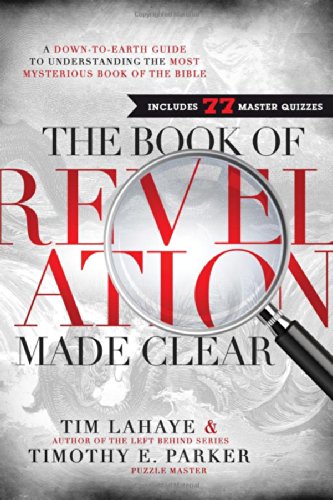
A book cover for The Book of Revelation Made Clear: A Down-to-Earth Guide to Understanding the Most Mysterious Book of the Bible; Tim LaHaye; Christian Books & Bibles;